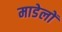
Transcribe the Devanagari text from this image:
माडेलों